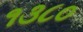
૧૩૮૦